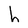
Character: h